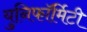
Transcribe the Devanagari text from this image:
युनिफॉर्मिटी